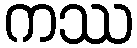
ကဿ